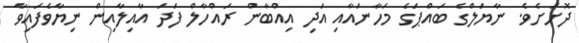
ދޮށަށެވެ. ނާޔަލްގެ ބައްޕަގެ މަހާނައާއި އަދި އިއްބާން ރައްހާލް ފަދަ އާއިލާއިން ނިޔާވެފައިވާ